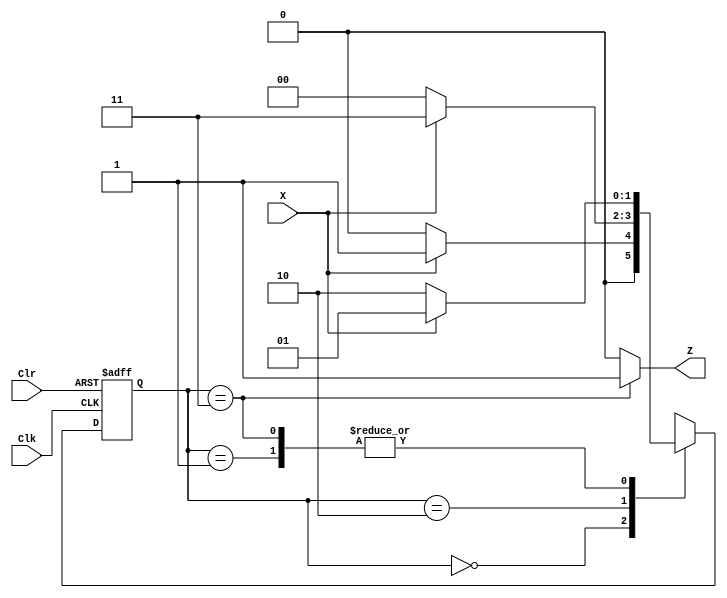
`timescale 1ns / 1ps
//////////////////////////////////////////////////////////////////////////////////
// Company: 
// Engineer: 
// 
// Design Name: 
// Module Name:    FSM 
// Project Name: 
// Target Devices: 
// Tool versions: 
// Description: 
//
// Dependencies: 
//
// Revision: 
// Revision 0.01 - File Created
// Additional Comments: 
//
//////////////////////////////////////////////////////////////////////////////////
module fsm(
    input Clk,
    input Clr,
    input X,
    output  Z
 //  output  [1:0]state1
    );	
parameter S0=2'b00,S1=2'b01,S2=2'b10,S3=2'b11;
reg [1:0]state;
//reg Z;
//assign state1=state;
//assign Z1=Z;
	always@(posedge Clk or posedge Clr)begin
		if(Clr)
			state <= S0;
		else begin
			case(state)
				S0:if(X==1'b1)state<=S1;else state<=S0;
				S1:if(X==1'b0)state<=S2;else state<=S1;
				S2:if(X==1'b1)state<=S3;else state<=S0;
				S3:if(X==1'b1)state<=S1;else state<=S2;//
			//	S3if(X=='b1)state<=S1;else state<=S0;//
		//		default:state=S0;
			endcase
		//	$display ("%d     ",state);
			end
	end
/*
	always@(state)begin
		case(state)
			S0:Z<=1'b0;
			S1:Z<=1'b0;
			S2:if(X==1'b1) Z<='b1;
				else Z<=1'b0;
			S3:Z<=1'b0;
	//		default:Z=1'b0;
		endcase
	end*/
	//wire Z2;
	assign Z=(state==3)?1:0;
	initial begin
	 state=0;
	end
endmodule
///////////////////////////////////////////////////////////////////////////////////////////////////////
/*fsm101test
module test_fsm_2;

	// Inputs
	reg Clk;
	reg Clr;
	reg X;

	// Outputs
	wire Z;

	// Instantiate the Unit Under Test (UUT)
	fsm uut (
		.Clk(Clk), 
		.Clr(Clr), 
		.X(X), 
		.Z(Z)
	);

	initial begin
		// Initialize Inputs
		Clk = 0;
		Clr = 0;
		X = 0;
		#10 X=1;
		#10 X=0;
		#10 X=1;
		#10 X=0;
		#10 X=1;
		#10 X=0;


		// Wait 100 ns for global reset to finish
		#100;
        
		// Add stimulus here

	end
   always #5 Clk=~Clk;
endmodule

*/











///////////////////////////////////////////////////////////////////////////////////////////////////////
/*fsm101101
module fsm101101(
    input Clk,
    input Clr,
    input X,
    output Z
    );

parameter S0=3'b000,S1=3'b001,S2=3'b010,S3=3'b011,S4=3'b100,S5=3'b101,S6=3'b110;
reg [2:0]state;
//reg Z;
//assign state1=state;
//assign Z1=Z;
	always@(posedge Clk or posedge Clr)begin
		if(Clr)
			state <= S0;
		else begin
			case(state)
				S0:if(X==1'b1)state<=S1;else state<=S0;
				S1:if(X==1'b0)state<=S2;else state<=S1;
				S2:if(X==1'b1)state<=S3;else state<=S0;
				S3:if(X==1'b1)state<=S4;else state<=S2;
				S4:if(X==1'b1)state<=S1;else state<=S5;
				S5:if(X==1'b1)state<=S6;else state<=S0;
			//	S6:if(X==1'b1)state<=S1;else state<=S2;//
			 S6:if(X==1'b1)state<=S1;else state<=S0;//
				default:state=S0;
			endcase
		//	$display ("%d     ",state);
		end
	end
	//wire Z2;
	assign Z=(state==6)?1:0;
	initial begin
	 state=0;
	end


endmodule
*/

/////////////////////////////////////////////////////////////////////////////////////////////////////////////
/*fsm101101test
module shemegui;

	// Inputs
	reg Clk;
	reg Clr;
	reg X;

	// Outputs
	wire Z;

	// Instantiate the Unit Under Test (UUT)
	fsm101101 uut (
		.Clk(Clk), 
		.Clr(Clr), 
		.X(X), 
		.Z(Z)
	);

	initial begin
		// Initialize Inputs
		Clk = 0;
		Clr = 0;
		X = 0;
		#10
		X=1;
		#10
		X=0;
		#10
		X=1;
		#10
		X=1;
		#10
		X=0;
		#10
		X=1;

		#10
		X=1;
		#10
		X=0;
		#10
		X=1;
		#10
		X=1;
		#10
		X=0;
		#10
		X=1;

		

		#10
		X=0;
		#10
		X=1;
		#10
		X=1;
		#10
		X=0;
		#10
		X=1;

		// Wait 100 ns for global reset to finish
		#100;
        
		// Add stimulus here

	end
   always #5 Clk=~Clk;
endmodule

*/













///////////////////////////////////////////////////////////////////////////////////////////
/*fsm16101
module fsm16101(
   input Clk,
   input Clr,
   input [15:0]X,
   output  Z,
   output  [1:0]state1,
	output z,
	output x1,
	output tmp1
    );	
	 
parameter S0=2'b00,S1=2'b01,S2=2'b10,S3=2'b11;
reg [1:0]state;
//reg Z;
assign state1=state;

//assign Z1=Z;
integer tmp;
assign tmp1=tmp;
integer i;
reg x;
assign x1=x;
reg z;
wire x0,x1,x2,x3,x4,x5,x6,x7,x8,x9,x10,x11,x12,x13,x14,x15;
assign {x0,x1,x2,x3,x4,x5,x6,x7,x8,x9,x10,x11,x12,x13,x14,x15}=X;
initial begin
	state=S0;
end


assign {x0,x1,x2,x3,x4,x5,x6,x7,x8,x9,x10,x11,x12,x13,x14,x15}=X&tmp;
	always@(posedge Clk or posedge Clr)begin
		if(Clr)
			state <= S0;	
		else begin
			for(i=0;i<16;i=i+1)begin				
				x=x0&x1&x2&x3&x4&x5&x6&x7&x8&x9&x10&x11&x12&x13&x14&x15;
			//	x<=X[i];
				case(state)
					S0:if(x==1'b1)state<=S1;else state<=S0;
					S1:if(x==1'b0)state<=S2;else state<=S1;
					S2:if(x==1'b1)state<=S3;else state<=S0;
					S3:if(x==1'b1)state<=S1;else state<=S2;//
				//	S3if(x=='b1)state<=S1;else state<=S0;//
					default:state=S0;
				endcase
				
				if(state==3)begin
					z=z+1;
				end
				tmp=tmp*2;
			end
		
		//	$display ("%d     ",state);
			end
	end
	
	assign Z=z;
	initial begin
		state<=0;
	   tmp =1;
		z=0;
	end
	
endmodule
*/
////////////////////////////////////////////////////////////////////////////////////////////////////////
/*16-101 test
module test16101;

	// Inputs
	reg Clk;
	reg Clr;
	reg [15:0] X;
	wire [1:0]state1;
	// Outputs
	wire Z;
	wire z;
	wire x1;
	wire tmp1;
	// Instantiate the Unit Under Test (UUT)
	fsm16101 uut (
		.Clk(Clk), 
		.Clr(Clr), 
		.X(X), 
		.Z(Z),
		.z(z),
		.state1(state1),
		.x1(x1),
		.tmp1(tmp1)
	);

	initial begin
		// Initialize Inputs
		Clk = 0;
		Clr = 0;
		X = 0;
	//	state1=0;
		//z=0;
		// Wait 100 ns for global reset to finish
		#10 X=16'b1010101010101010;
        #100;
		// Add stimulus here

	end
   always #10 Clk=~Clk;
endmodule

*/